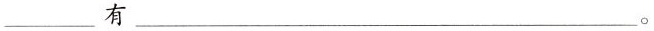
___ 有 ___。